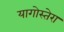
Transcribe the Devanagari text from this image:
यागोस्तेरा